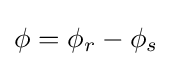
\phi =\phi _{r}-\phi _{s}